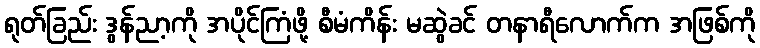
ရုတ်ခြည်း ဒွန်ညာ့ကို အပိုင်ကြံဖို့ စီမံကိန်း မဆွဲခင် တနာရီလောက်က အဖြစ်ကို